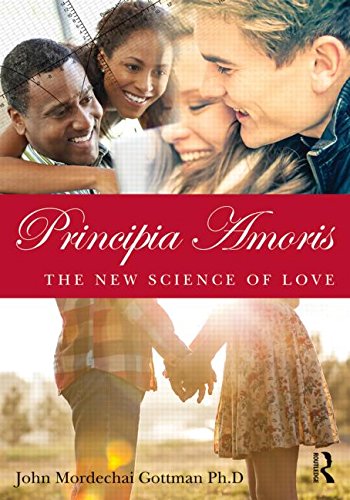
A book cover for Principia Amoris: The New Science of Love; John Mordechai Gottman; Medical Books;